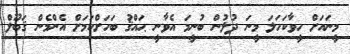
މީނައަށް ހީވާކަހަލަ މީނަ ދުލުން ބުނީމަ އެވާނީ ޙައްޤު ބަހަށްކަމަށް އެންމެން ޤަބޫލް